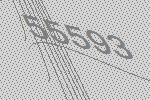
55593